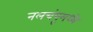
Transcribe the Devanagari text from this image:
नलचंपूमध्ये